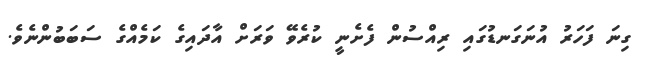
ގިނަ ފަހަރު އުނަގަނޑުގައި ރިއްސުން ފެށެނީ ކުރެވޭ ވަރަށް އާދައިގެ ކަމެއްގެ ސަބަބުންނެވެ.